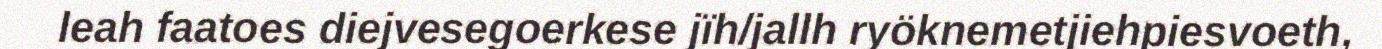
leah faatoes diejvesegoerkese jïh/jallh ryöknemetjiehpiesvoeth,